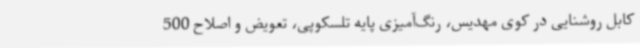
کابل روشنایی در کوی مهدیس، رنگ‌آمیزی پایه تلسکوپی، تعویض و اصلاح 500